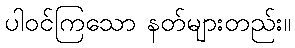
ပါဝင်ကြသော နတ်များတည်း။